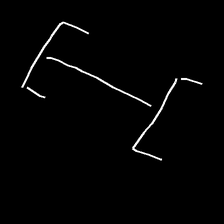
Glyph: entwine